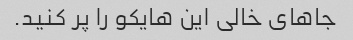
جاهای خالی این هایکو را پر کنید.